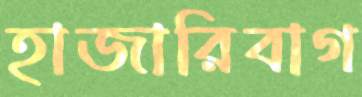
হাজারিবাগ